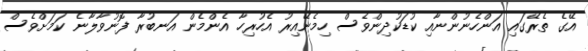
އޭގެ ތެރޭގައި އަންހެނުންނާއި ކުޑަކުދިންވެސް ހިމެނޭއިރު އެހުރިހާ އެންމެން އަނބުރާ ފޮނުވާލާނެ ކަމަށްވެސް